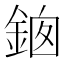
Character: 𨦱